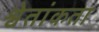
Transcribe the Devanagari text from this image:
श्वेतांकता